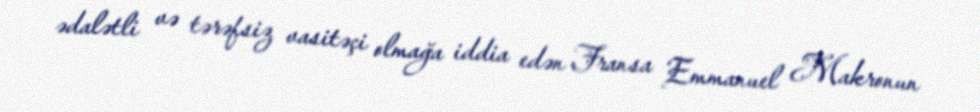
ədalətli və tərəfsiz vasitəçi olmağa iddia edən Fransa Emmanuel Makronun